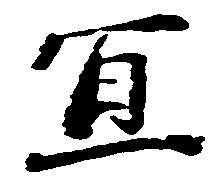
宜